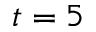
t = 5